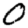
Digit: 0